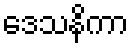
ဒေသနိကာ